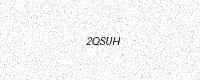
Text: 2QSUH